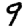
Digit: 9